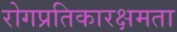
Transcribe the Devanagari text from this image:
रोगप्रतिकारक्षमता